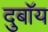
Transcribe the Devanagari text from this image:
दुबॉय